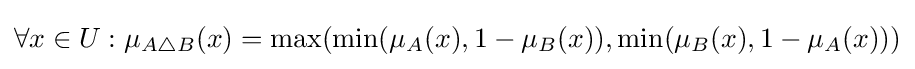
\forall x\in U:\mu _{A\triangle B}(x)=\max(\min(\mu _{A}(x),1-\mu _{B}(x)),\min(\mu _{B}(x),1-\mu _{A}(x)))